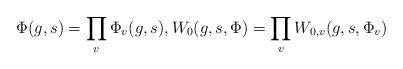
LaTeX: \begin{align*}\Phi(g,s) = \prod_v \Phi_v(g,s), W_0(g,s,\Phi) = \prod_v W_{0,v} (g,s, \Phi_v) \end{align*}